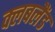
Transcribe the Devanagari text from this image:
क्लबलैंड